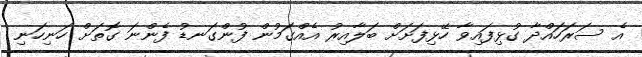
އެ ސަރަހައްދާ ގުޅިފައިވާ ހޭޅިފަށަށް ބަލާއިރު އެއްގަމުން ފުންގަނޑު ފެންނަ ގޮތަށް ހަނިހަނި